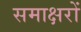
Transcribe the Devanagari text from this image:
समाक्षरों